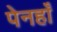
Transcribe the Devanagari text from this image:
पेनहाँ